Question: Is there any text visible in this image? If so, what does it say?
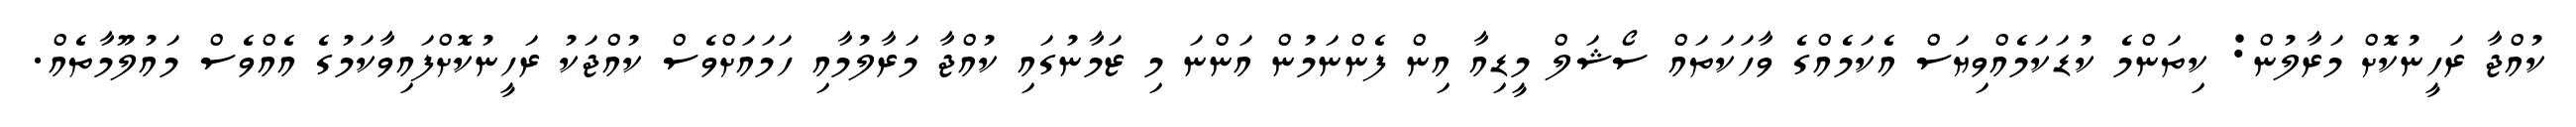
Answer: ކުއްޖާ ރަހީނުކޮށް މަރާލުން: ކިތަންމެ ކުޑަކަމެއްވިޔަސް އެކަމެއްގެ ވާހަކަތައް ސޯޝަލް މީޑިއާ އިން ފެންނަމުން އަންނަ މި ޒަމާނުގައި ކުއްޖާ މަރާލުމާއި ހަމައަށްވެސް ކުއްޖަކު ރަހީނުކޮށްފައިވާކަމުގެ އެއްވެސް މައުލޫމާތެއް.